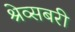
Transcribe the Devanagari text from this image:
श्रेव्सबरी